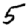
Digit: 5